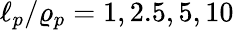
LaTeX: \ell_{p}/\varrho_{p}=1,2.5,5,10